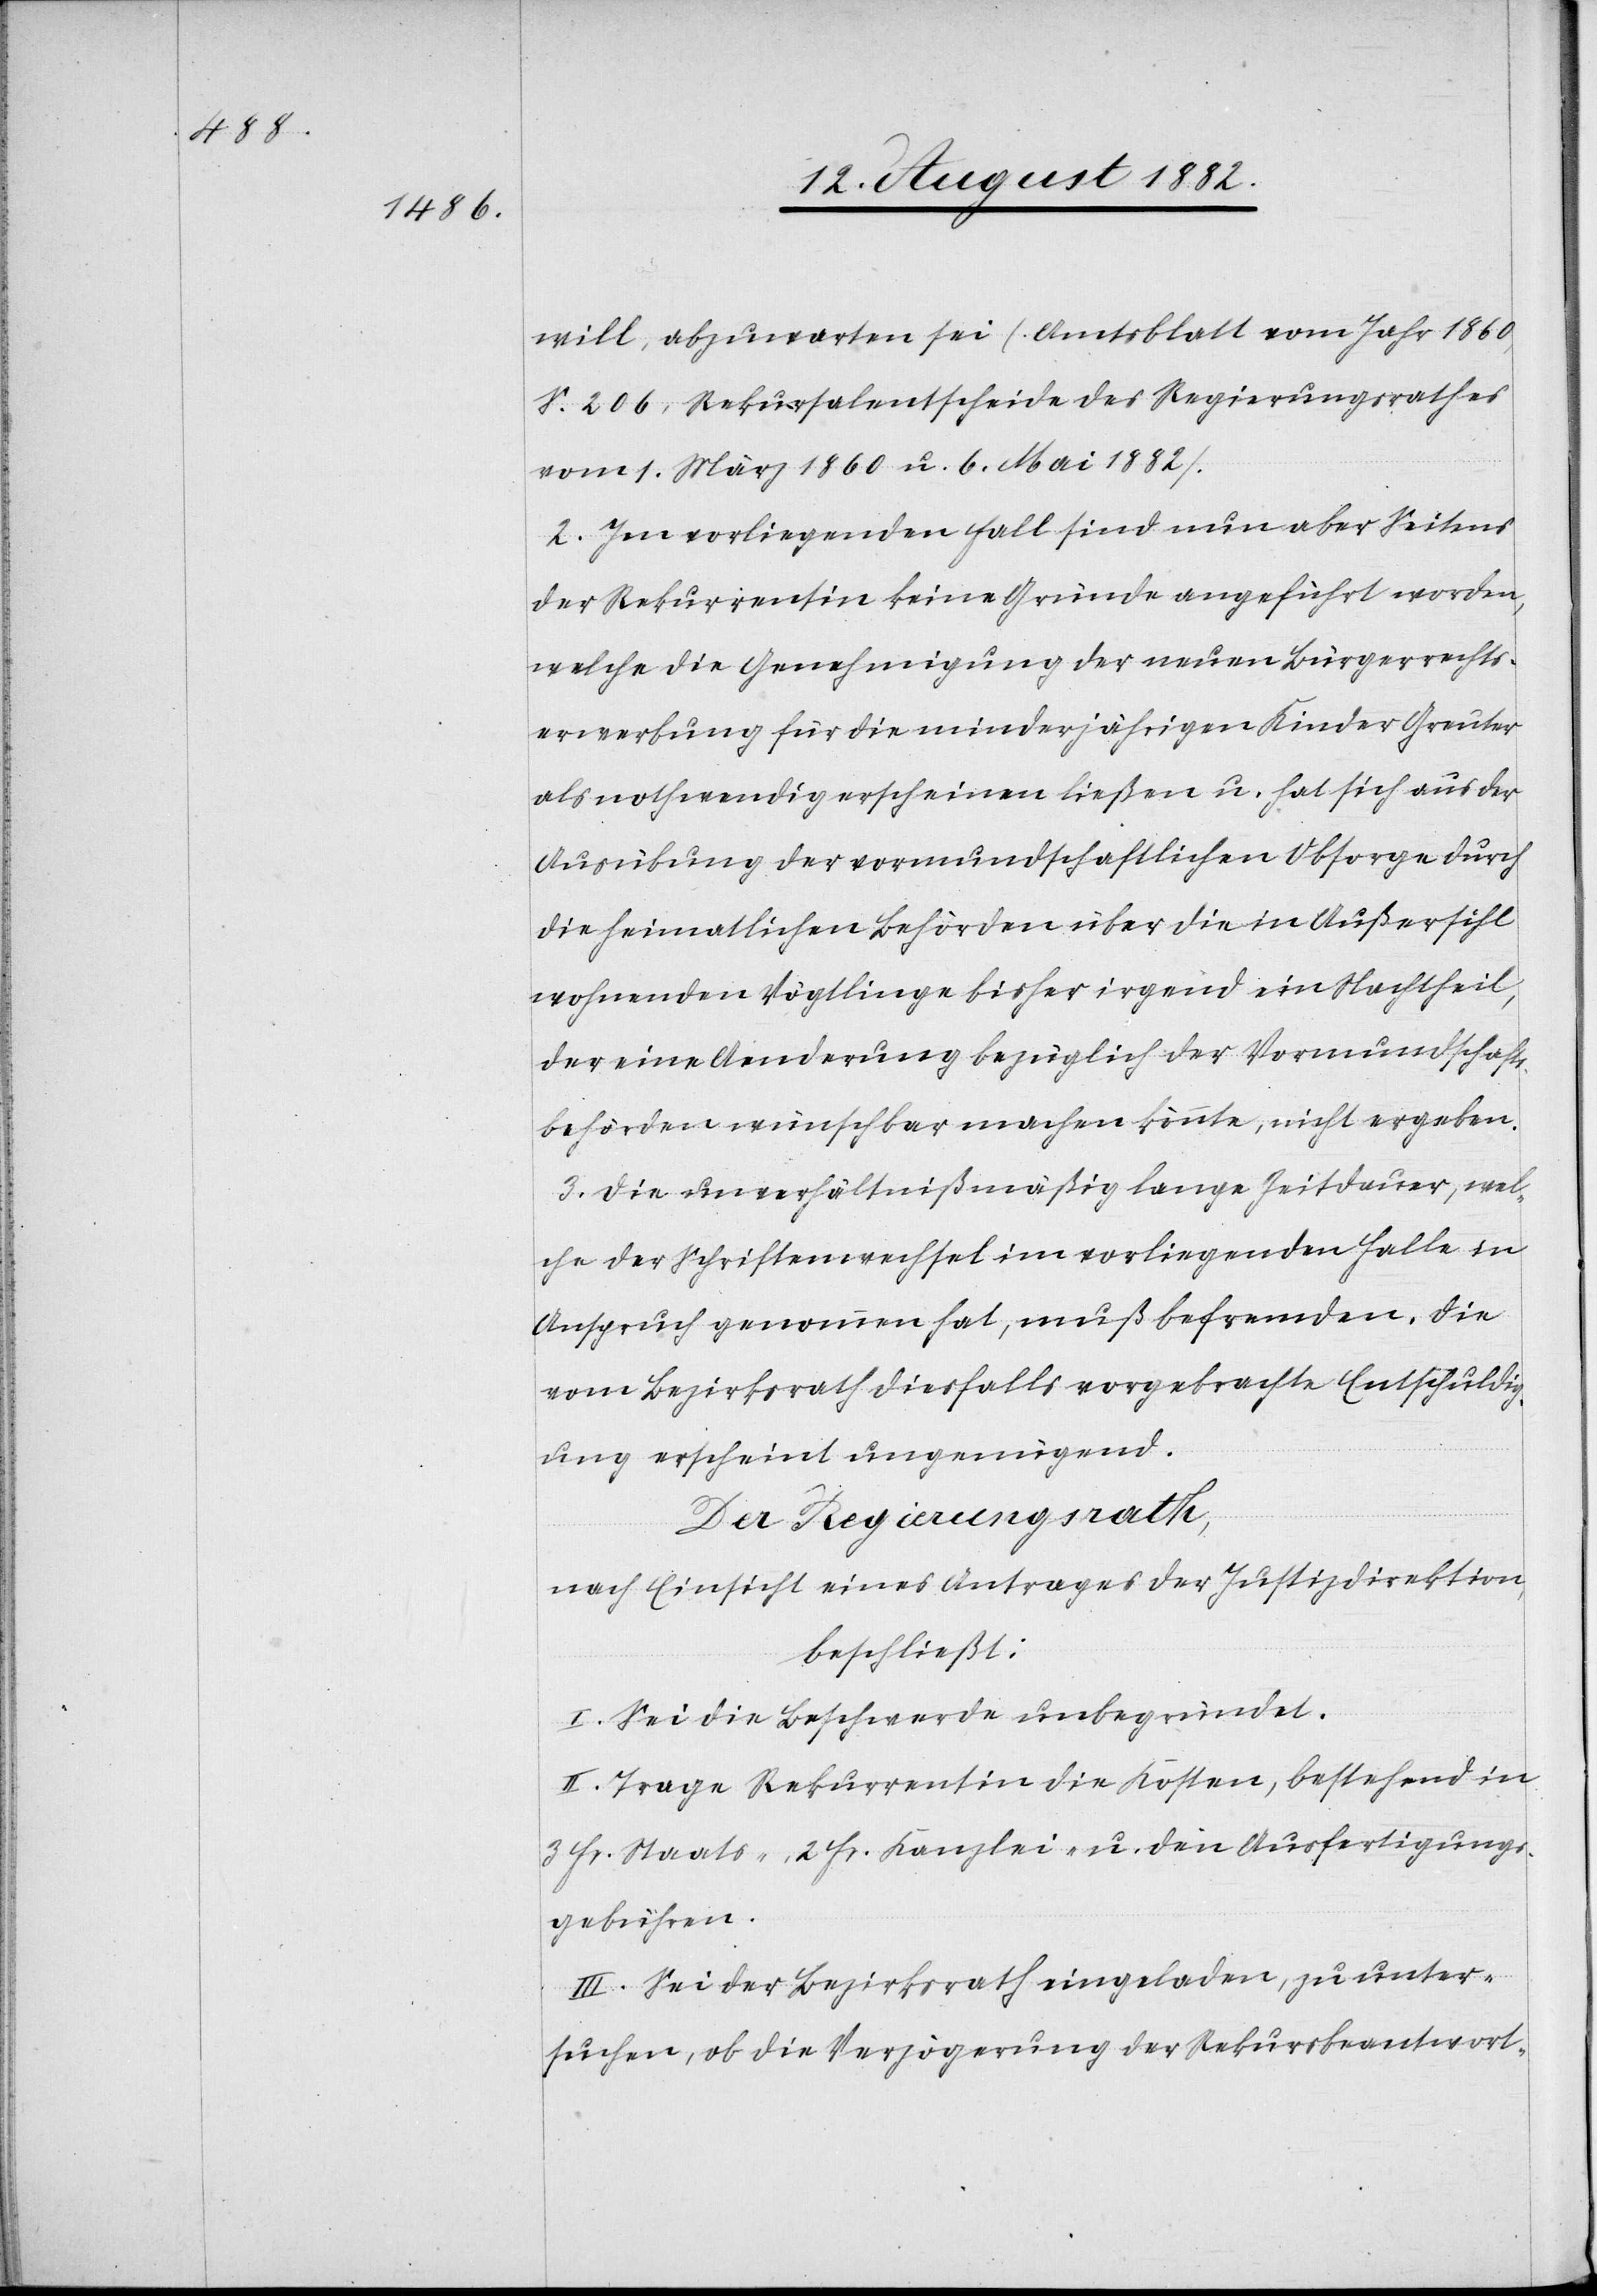
will, abzuwarten sei (Amtsblatt vom Jahr 1860,
S. 206, Rekursalentscheid des Regierungsrathes
vom 1. März 1860 u. 6. ai 1882).
2. Im vorliegenden Fall sind nun aber Seitens
der Rekurrentin keine Gründe angeführt worden,
welche die Genehmigung der neuen Bürgerrechts¬
erwerbung für die minderjährigen Kinder Greuter
als nothwendig erscheinen ließen u. hat sich aus der
Ausübung der vormundschaftlichen Obsorge durch
die heimatlichen Behörden über die in Außersihl
wohnenden Vögtlinge bisher irgend ein Nachtheil,
der eine Aenderung bezüglich der Vormundschafts¬
behörden wünschbar machen könnte, nicht ergeben.
3. Die unverhältnißmäßig lange Zeitdauer, wel¬
che der Schriftenwechsel im vorliegenden Falle in
Anspruch genommen hat, muß befremden. Die
vom Bezirksrath diesfalls vorgebrachte Entschuldig¬
ung erscheint ungenügend.
Der Regierungsrath,
nach Einsicht eines Antrages der Justizdirektion,
beschließt:
I. Sei die Beschwerde unbegründet.
II. Trage Rekurrentin die Kosten, bestehend in
3 Fr. Staats-, 2 Fr. Kanzlei- u. den Ausfertigungs¬
gebühren.
III. Sei der Bezirksrath eingeladen, zu unter¬
suchen, ob die Verzögerung der Rekursbeantwort-